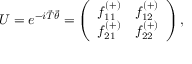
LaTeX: U = e ^ { - i \vec { T } \vec { \theta } } = \left( \begin{array} { l l } { { f _ { 1 1 } ^ { ( + ) } } } & { { f _ { 1 2 } ^ { ( + ) } } } \\ { { f _ { 2 1 } ^ { ( + ) } } } & { { f _ { 2 2 } ^ { ( + ) } } } \end{array} \right) ,